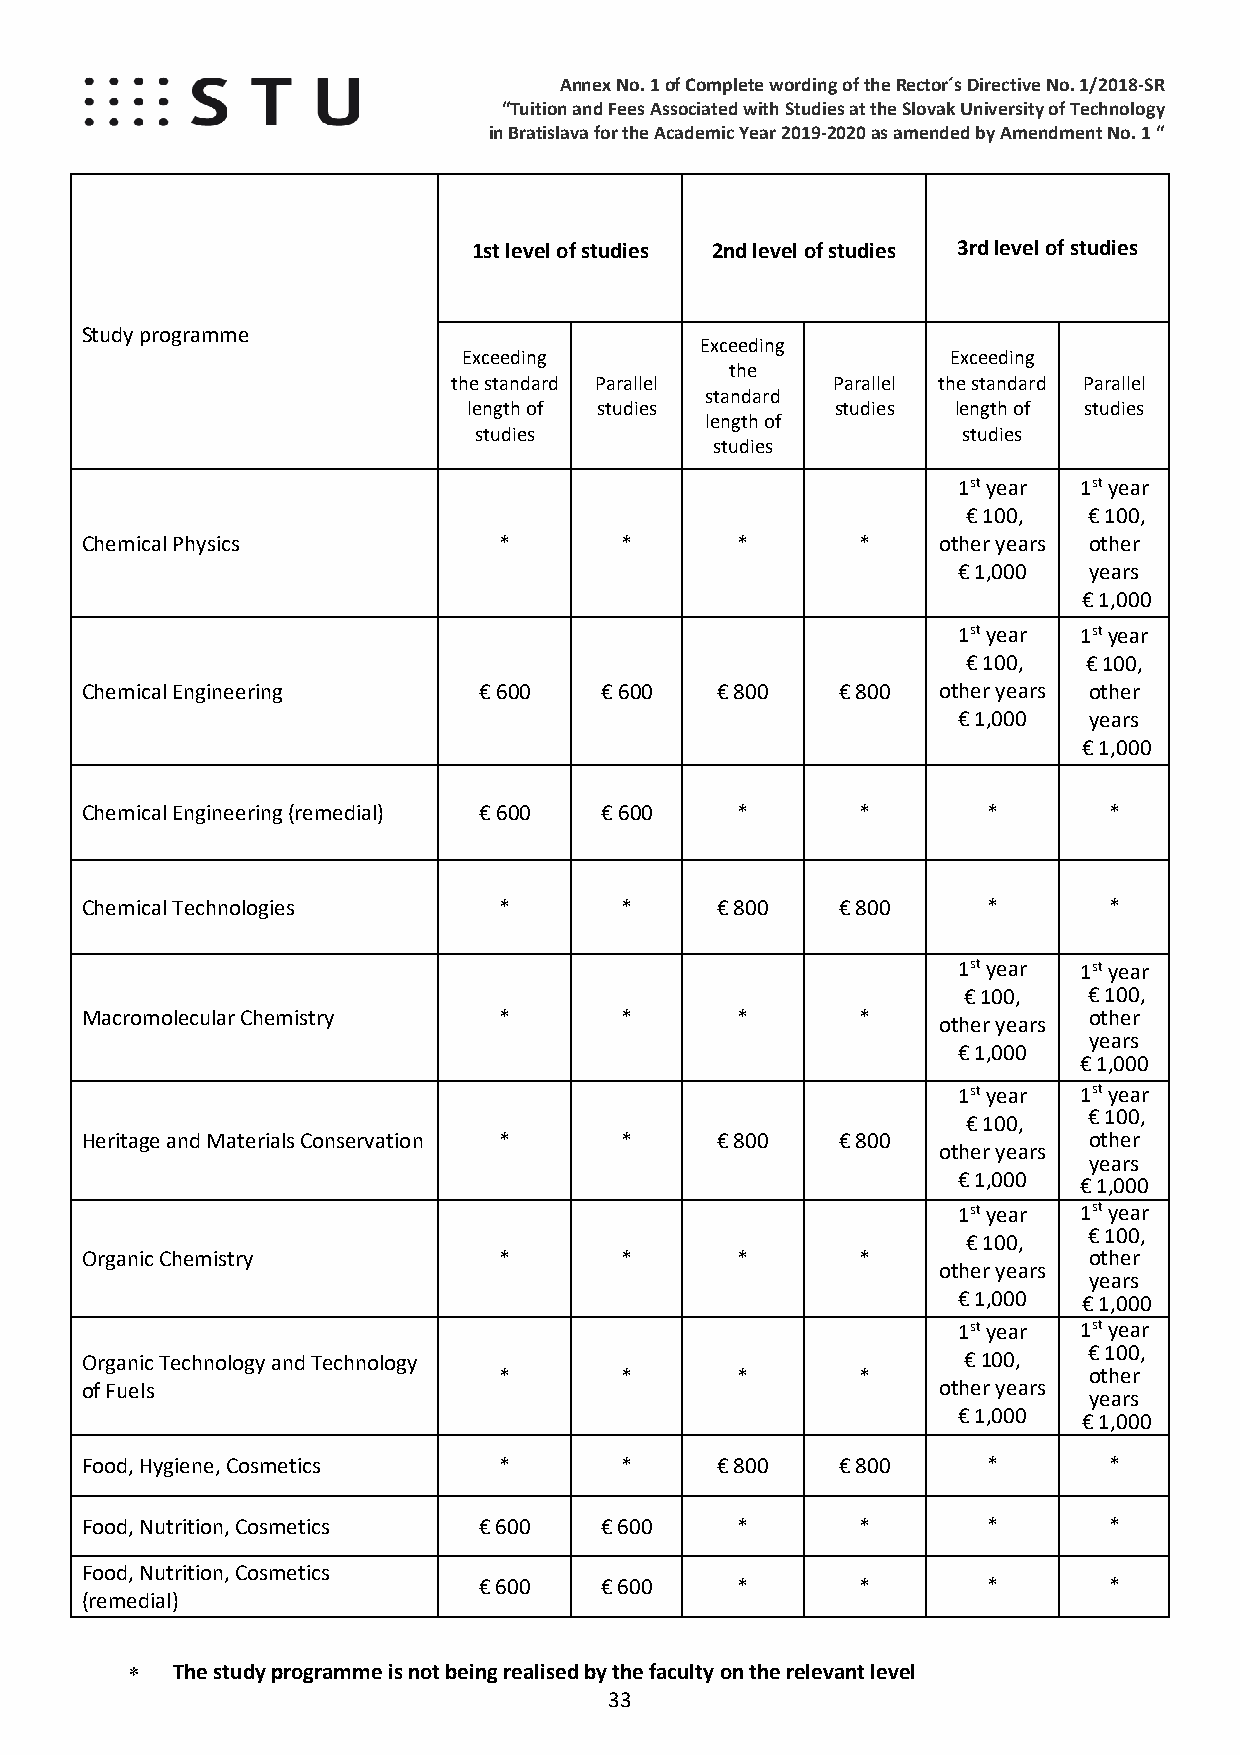
Annex No. 1 of Complete wording of the Rector´s Directive No. 1/2018-SR
 “Tuition and Fees Associated with Studies at the Slovak University of Technology
 in Bratislava for the Academic Year 2019-2020 as amended by Amendment No. 1 “
 1st level of studies 2nd level of studies 3rd level of studies
 Study programme
 Exceeding
 Exceeding                       Exceeding
 the
 the standard Parallel    Parallel the standard Parallel
 standard
 length of studies       studies length of studies
 length of
 studies                          studies
 studies
 1st year 1st year
 € 100,  € 100,
 Chemical Physics            *       *       *       *    other years other
 € 1,000  years
 € 1,000
 1st year 1st year
 € 100,  € 100,
 Chemical Engineering       € 600   € 600  € 800    € 800 other years other
 € 1,000  years
 € 1,000
 Chemical Engineering (remedial) € 600 € 600 *       *       *       *
 Chemical Technologies       *       *     € 800    € 800    *       *
 1st year 1st year
 € 100,  € 100,
 Macromolecular Chemistry    *       *       *       *              other
 other years
 years
 € 1,000
 € 1,000
 1st year 1st year
 € 100,
 € 100,
 Heritage and Materials Conservation * *   € 800    € 800           other
 other years
 years
 € 1,000 € 1,000
 1st y ear 1st year
 € 100,
 € 100,
 Organic Chemistry           *       *       *       *              other
 other years
 years
 € 1,000  € 1,000
 1st y ear 1st year
 € 100,
 Organic Technology and Technology                          € 100,
 *       *       *       *              other
 of Fuels                                                 other years
 years
 € 1,000  € 1,000
 Food, Hygiene, Cosmetics    *       *     € 800    € 800    *       *
 Food, Nutrition, Cosmetics € 600   € 600    *       *       *       *
 Food, Nutrition, Cosmetics
 € 600   € 600    *       *       *       *
 (remedial)
 ∗  The study programme is not being realised by the faculty on the relevant level
 33